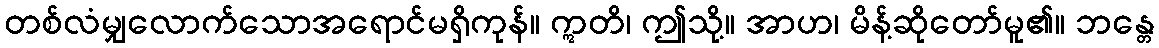
တစ်လံမျှလောက်သောအရောင်မရှိကုန်။ ဣတိ၊ ဤသို့။ အာဟ၊ မိန့်ဆိုတော်မူ၏။ ဘန္တေ